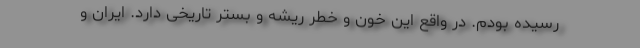
رسیده بودم. در واقع این خون و خطر ریشه و بستر تاریخی دارد. ایران و